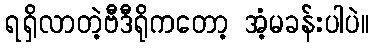
ရရှိလာတဲ့ဗီဒီရိုကတော့ အံ့မခန်းပါပဲ။